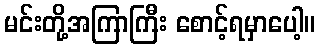
မင်းတို့အကြာကြီး စောင့်ရမှာပေါ့။